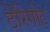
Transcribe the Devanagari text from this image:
टेरिगोट